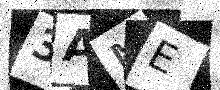
Text: 3AME